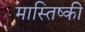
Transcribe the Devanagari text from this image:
मास्तिष्की